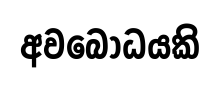
අවබෝධයකි